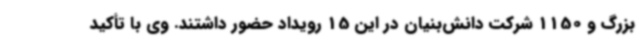
بزرگ و 1150 شرکت دانش‌بنیان در این 15 رویداد حضور داشتند. وی با تأکید